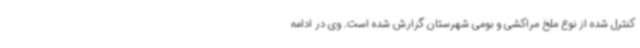
کنترل شده از نوع ملخ مراکشی و بومی شهرستان گزارش شده است. وی در ادامه